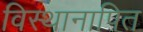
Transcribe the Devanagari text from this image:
विस्थानापित